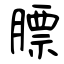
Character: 膘